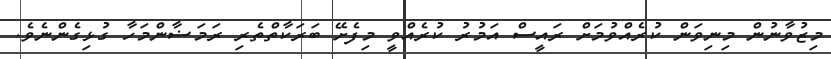
މިޒުވާނުން މިނިވަން ކުރެއްވުމަށް ރައީސް އަމުރު ކުރެއްވީ މިފެށޭ ބަރަކާތްތެރި ރަމަޟާންމަހާ ގުޅިގެންނެވެ.